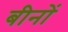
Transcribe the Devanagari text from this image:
बीनों